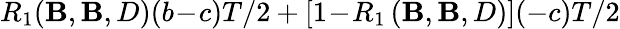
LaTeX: R_{1}(\mathbf{B},\mathbf{B},D)(b\! -\! c)T/2+\left[1\! -\! R_{1}\left(\mathbf{B},\mathbf{B},D\right)\right](-c)T/2